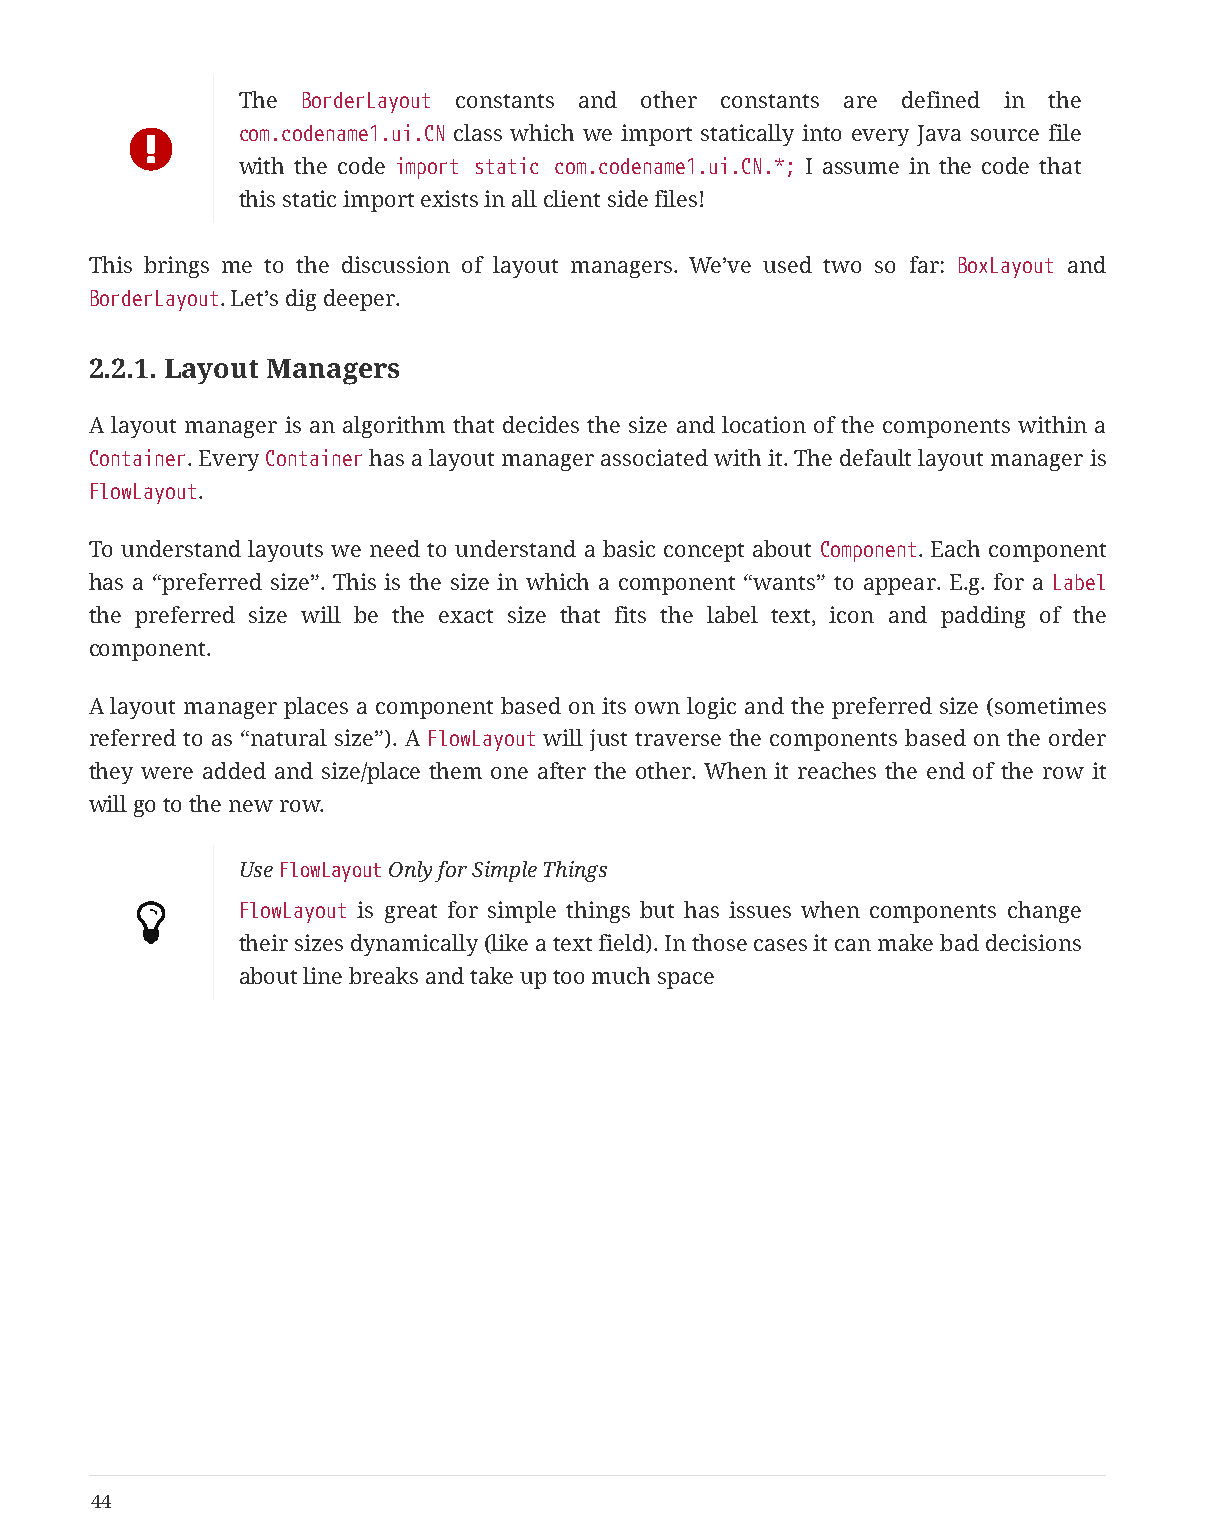
The BorderLayout constants and other constants are defined in the
       com.codename1.ui.CN class which we import statically into every Java source file
 with the code import static com.codename1.ui.CN.*; I assume in the code that
 this static import exists in all client side files!
 This brings me to the discussion of layout managers. We’ve used two so far: BoxLayout and
 BorderLayout. Let’s dig deeper.
 2.2.1. Layout Managers
 A layout manager is an algorithm that decides the size and location of the components within a
 Container. Every Container has a layout manager associated with it. The default layout manager is
 FlowLayout.
 To understand layouts we need to understand a basic concept about Component. Each component
 has a “preferred size”. This is the size in which a component “wants” to appear. E.g. for a Label
 the preferred size will be the exact size that fits the label text, icon and padding of the
 component.
 A layout manager places a component based on its own logic and the preferred size (sometimes
 referred to as “natural size”). A FlowLayout will just traverse the components based on the order
 they were added and size/place them one after the other. When it reaches the end of the row it
 will go to the new row.
 Use FlowLayout Only for Simple Things
       FlowLayout is great for simple things but has issues when components change
 their sizes dynamically (like a text field). In those cases it can make bad decisions
 about line breaks and take up too much space
 44